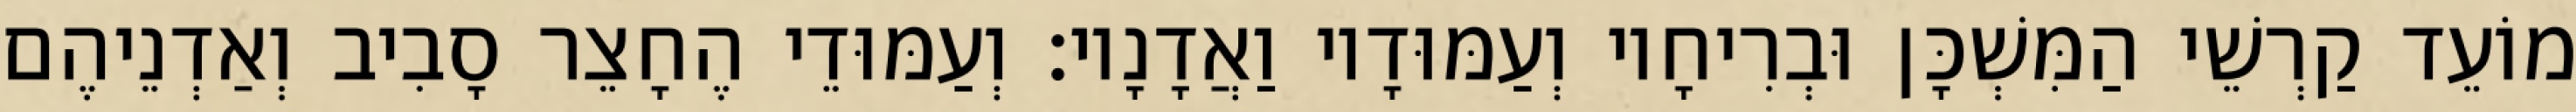
מוֹעֵד קַרְשֵׁי הַמִּשְׁכָּן וּבְרִיחָיו וְעַמּוּדָיו וַאֲדָנָיו׃ וְעַמּוּדֵי הֶחָצֵר סָבִיב וְאַדְנֵיהֶם